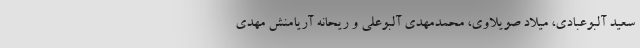
سعید آلبوعبادی، میلاد صویلاوی، محمدمهدی آلبوعلی و ریحانه آریامنش مهدی